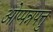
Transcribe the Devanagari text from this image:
ओप्पन्नपत्तु